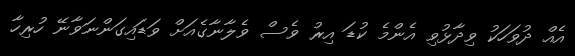
އެއް ދުވަހަކު ވިދާޅުވި އެންމެ ކުޑަ އިރު ވެސް ވެލާނާގެއަށް ވަޑައިގަންނަވާނޭ ހުރިހާ